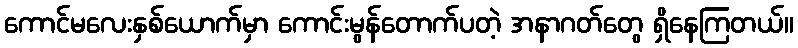
ကောင်မလေးနှစ်ယောက်မှာ ကောင်းမွန်တောက်ပတဲ့ အနာဂတ်တွေ ရှိနေကြတယ်။